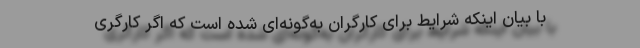
با بیان اینکه شرایط برای کارگران به‌گونه‌ای شده است که اگر کارگری